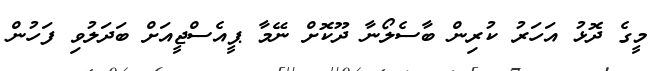
މީގެ ދޮޅު އަހަރު ކުރިން ބާސެލޯނާ ދޫކޮށް ނޭމާ ޕީއެސްޖީއަށް ބަދަލުވި ފަހުން